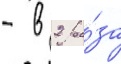
- в 2 ра́за